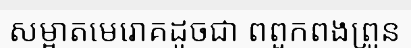
សម្អាតមេរោគដូចជា ពពួកពងព្រូន